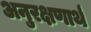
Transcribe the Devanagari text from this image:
अनुरक्षणार्थ